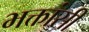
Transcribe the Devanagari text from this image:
भक्तांसी